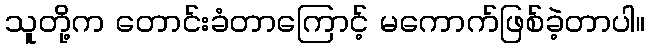
သူတို့က တောင်းခံတာကြောင့် မကောက်ဖြစ်ခဲ့တာပါ။